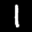
Label: 1